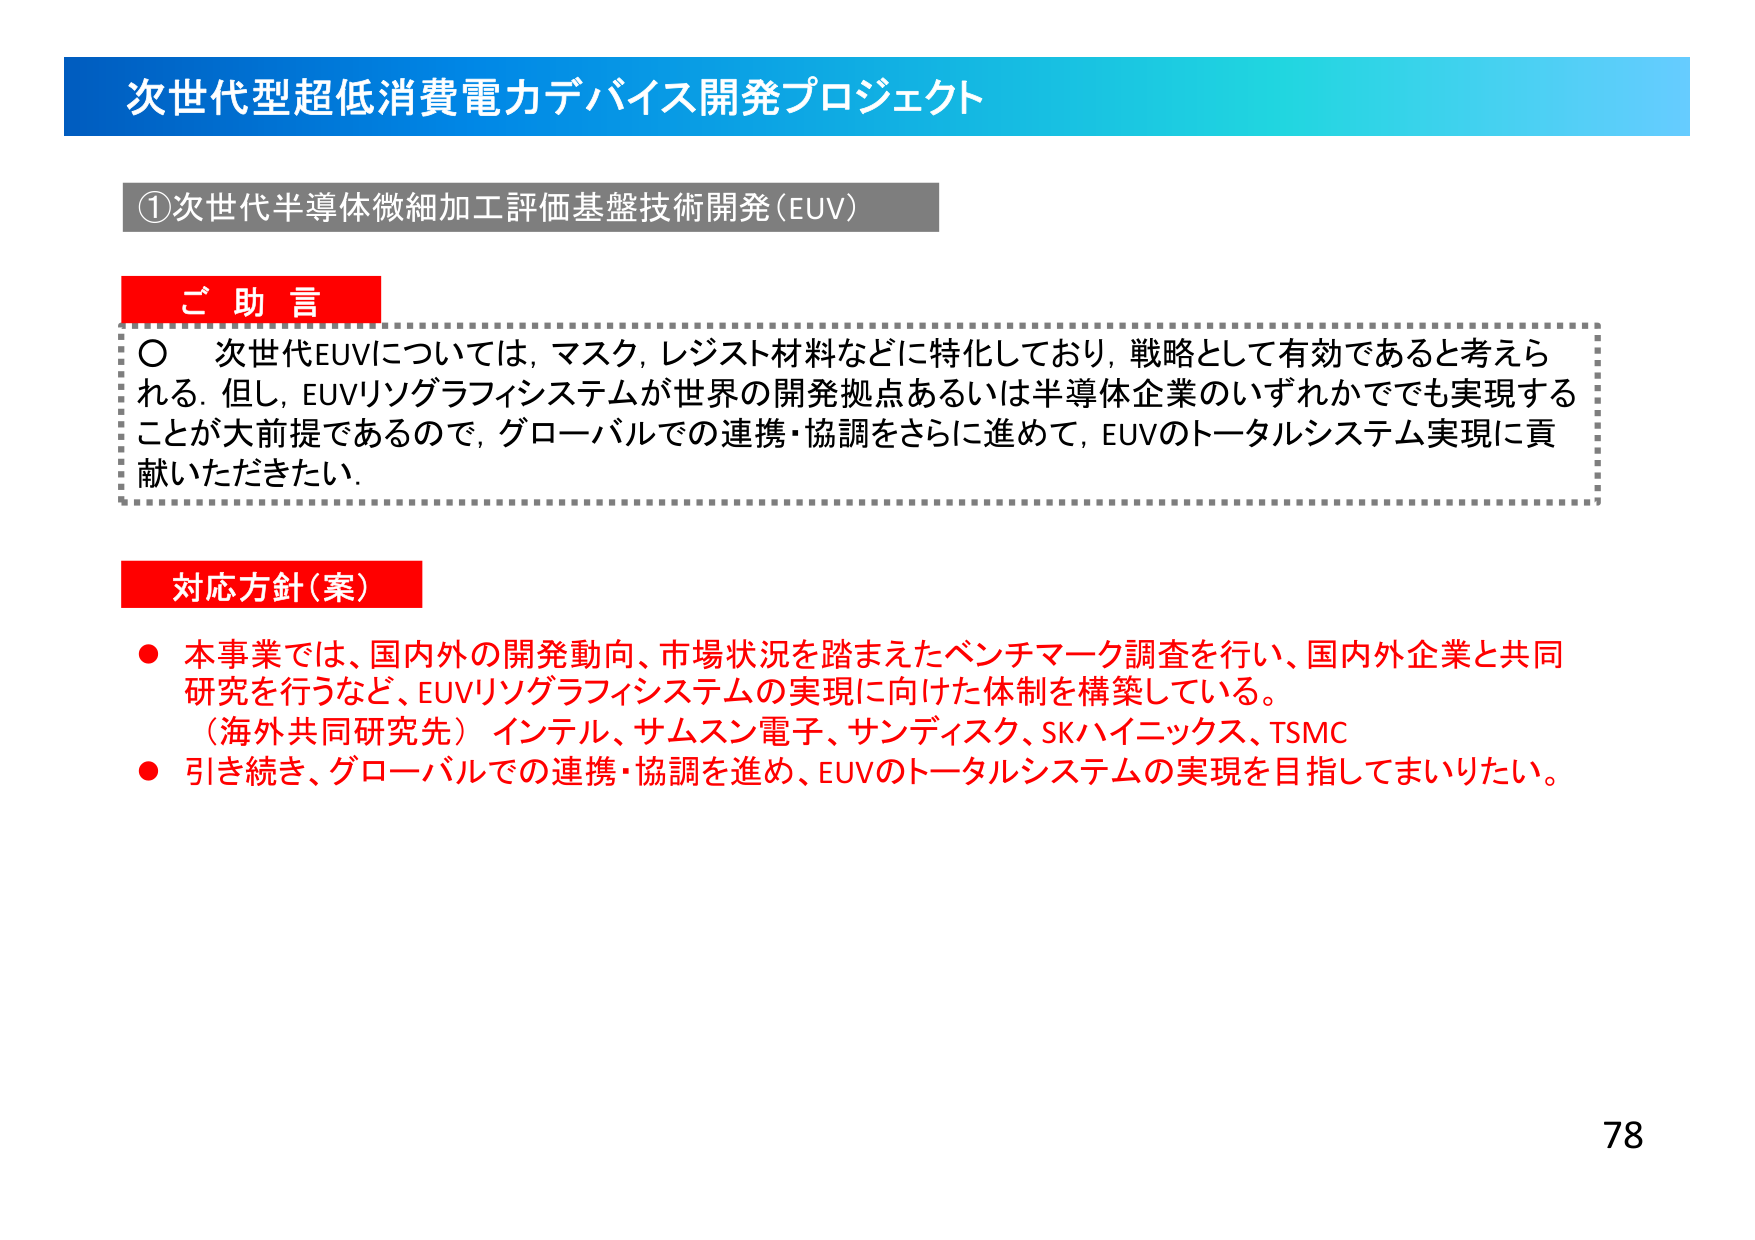
次世代型超低消費電力デバイス開発プロジェクト

①次世代半導体微細加工評価基盤技術開発（EUV）

ご助言
○ 次世代EUVについては、マスク、レジスト材料などに特化しており、戦略として有効であると考えられる。但し、EUVリソグラフィシステムが世界の開発拠点あるいは半導体企業のいずれかででも実現することが大前提であるので、グローバルでの連携・協調をさらに進めて、EUVのトータルシステム実現に貢献いただきたい。

対応方針（案）
● 本事業では、国内外の開発動向、市場状況を踏まえたベンチマーク調査を行い、国内外企業と共同研究を行うなど、EUVリソグラフィシステムの実現に向けた体制を構築している。
（海外共同研究先）インテル、サムスン電子、サンディスク、SKハイニックス、TSMC
● 引き続き、グローバルでの連携・協調を進め、EUVのトータルシステムの実現を目指してまいりたい。

78